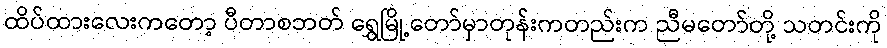
ထိပ်ထားလေးကတော့ ပီတာစဘတ် ရွှေမြို့တော်မှာတုန်းကတည်းက ညီမတော်တို့ သတင်းကို